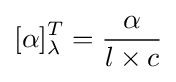
[\alpha ]_{\lambda }^{T}={\frac {\alpha }{l\times c}}